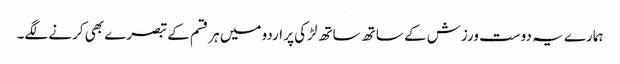
ہمارے یہ دوست ورزش کے ساتھ ساتھ لڑکی پر اردو میں ہر قسم کے تبصرے بھی کرنے لگے۔